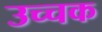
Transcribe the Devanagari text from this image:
उच्चक